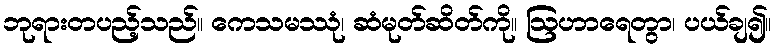
ဘုရားတပည့်သည်။ ကေသမဿုံ၊ ဆံမုတ်ဆိတ်ကို။ ဩဟာရေတွာ၊ ပယ်ချ၍။